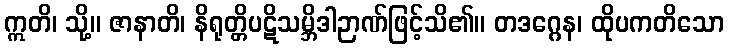
ဣတိ၊ သို့။ ဇာနာတိ၊ နိရုတ္တိပဋိသမ္ဘိဒါဉာဏ်ဖြင့်သိ၏။ တဒဂ္ဂေန၊ ထိုပကတိသော